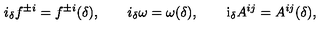
i _ { \delta } f ^ { \pm i } = f ^ { \pm i } ( \delta ) , \qquad i _ { \delta } \omega = \omega ( \delta ) , \qquad \mathrm { i } _ { \delta } A ^ { i j } = A ^ { i j } ( \delta ) ,